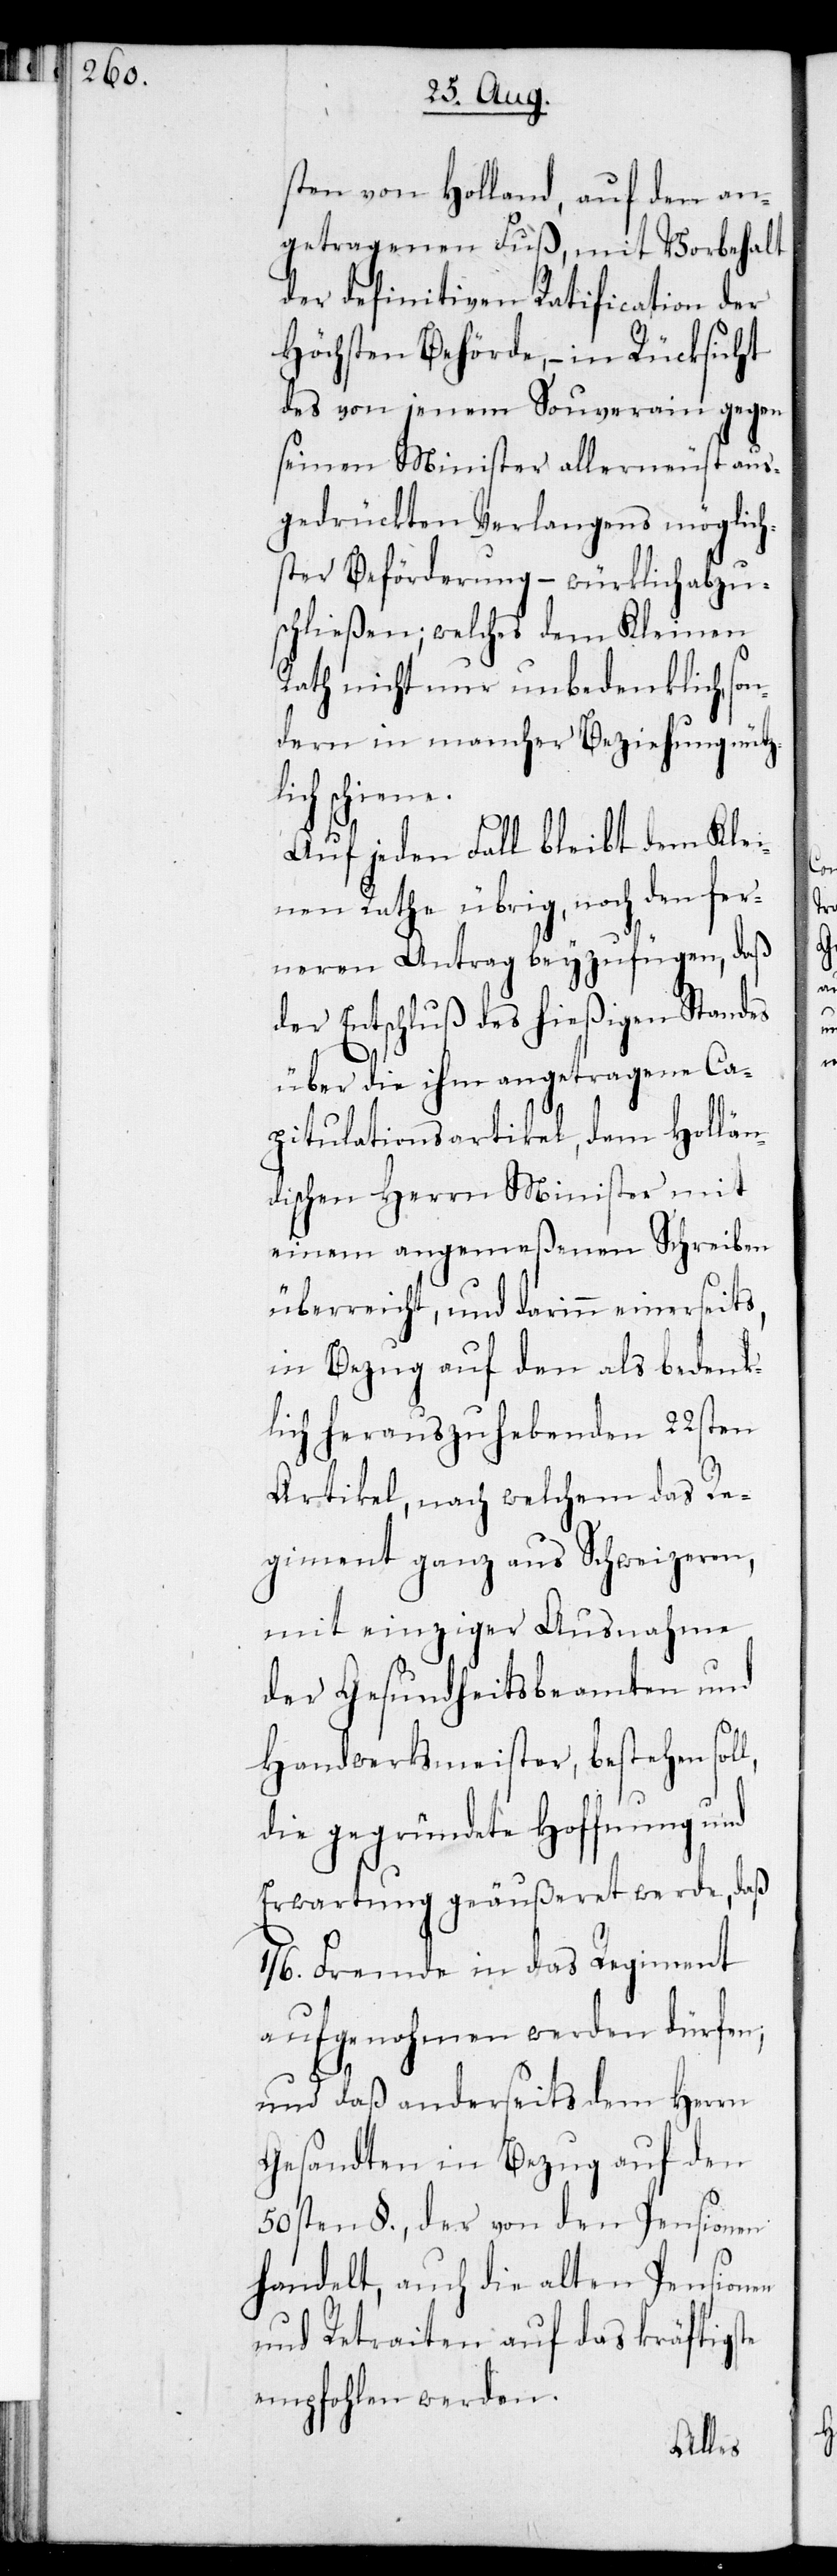
sten von Holland, auf den an¬
getragenen Fuß, mit Vorbehalt
der definitiven Ratification der
Höchsten Behörde, – in Rücksicht
des von jenem Souverain gegen
seinen Minister allerneust aus¬
gedrückten Verlangens möglich¬
ster Beförderung – würklich abzu¬
schließen; welches dem Kleinen
Rath nicht nur unbedenklich, so¬
ndern in mancher Beziehung nütz¬
schiene.
Auf jeden Fall bleibt dem Klei¬
nen Rathe übrig, noch den fer¬
neren Antrag beyzufügen, daß
der Entschluß des hießigen Standes
l,
über die ihm angetragenen Ca¬
pitulationsartikel, dem Hollän¬
dischen Herrn Minister mit
einem angemeßenen Schreiben
überreicht, und darinn einerseits
in Bezug auf den als bedenk¬
lich herauszuhebenden 22sten
Artikel, nach welchem das Re¬
giment ganz aus Schweizeren,
mit einziger Ausnahme
der Gesundheitsbeamten und
Handwerksmeister, bestehen sol¬
die gegründete Hoffnung und
Erwartung geäußeret werde, daß
1/6. Fremde in das Regiment
aufgenohmen werden dürfen,
und daß anderseits dem Herrn
Gesandten in Bezug auf den
50sten §., der von den Pensionen
handelt, auch die alten Pensionen
und Retraiten auf das kräftigste
empfohlen werden.